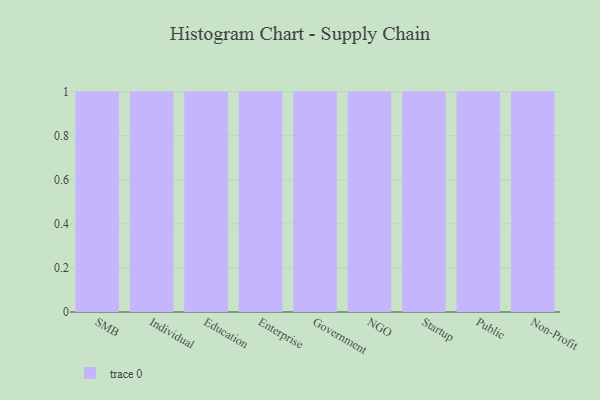
{"axis": {"x": "Segment", "y": "Latency (ms)"}, "legend": [""], "data": [{"x": "SMB", "y": 82, "type": ""}, {"x": "Individual", "y": 80, "type": ""}, {"x": "Education", "y": 85, "type": ""}, {"x": "Enterprise", "y": 15, "type": ""}, {"x": "Government", "y": 87, "type": ""}, {"x": "NGO", "y": 31, "type": ""}, {"x": "Startup", "y": 35, "type": ""}, {"x": "Public", "y": 92, "type": ""}, {"x": "Non-Profit", "y": 32, "type": ""}]}